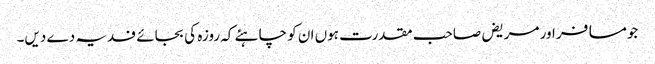
جومسافر اور مریض صاحب مقدرت ہوں ان کو چاہئے کہ روزہ کی بجائے فدیہ دے دیں۔